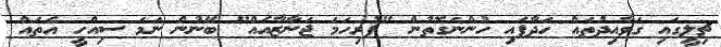
ޗިލީގައި ގަވާއިދުތައް ހަދާފައި ހުންނަގޮތުން "ފުރިހަމަ ޖަނާޒާއެއް" ބޭނުން ނަމަ ސިއްހީ އެތައް